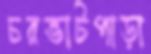
চরভাটপাড়া